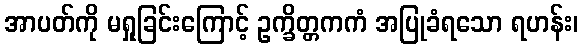
အာပတ်ကို မရှုခြင်းကြောင့် ဥက္ခိတ္တကကံ အပြုခံရသော ရဟန်း၊